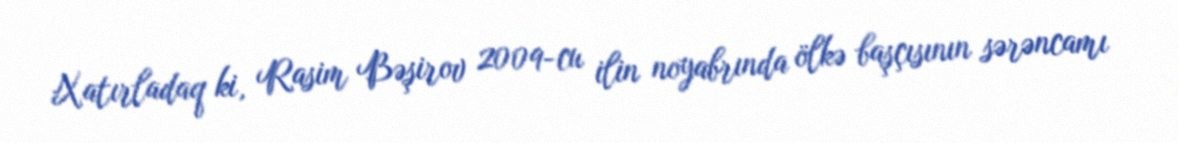
Xatırladaq ki, Rasim Bəşirov 2009-cu ilin noyabrında ölkə başçısının sərəncamı